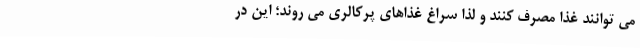
می توانند غذا مصرف کنند و لذا سراغ غذاهای پرکالری می روند؛ این در